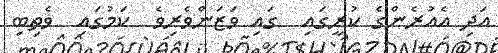
އަދި އެއުރެންގެ ކުރީގައި  ގައި ވަޒަންވެރިވެ  ކަމުގައި  ވެތިބި